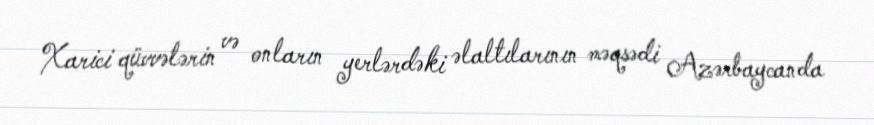
Xarici qüvvələrin və onların yerlərdəki əlaltılarının məqsədi Azərbaycanda